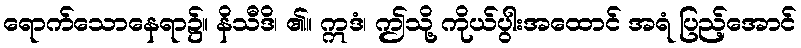
ရောက်သောနေရာ၌။ နိသီဒိ၊ ၏။ ဣဒံ၊ ဤသို့ ကိုယ်ပွါးအထောင် အရံ ပြည့်အောင်